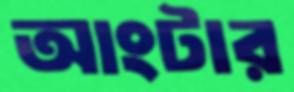
আংটার